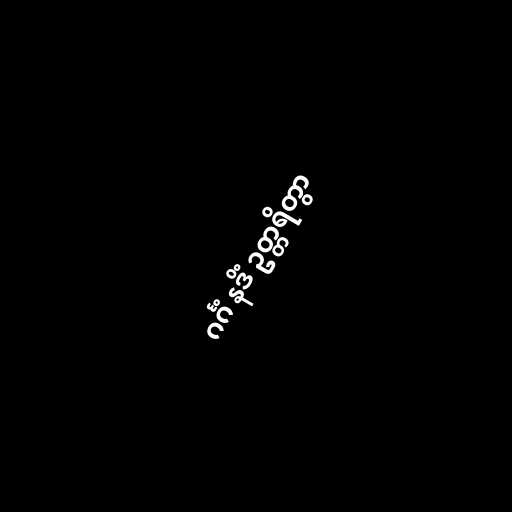
ဂင်္ဂံ နဒိံ ဥတ္တရိတွာ